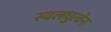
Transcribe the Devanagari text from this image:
स्वलघुत्वेन